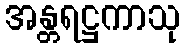
အန္တရဋ္ဌကာသု